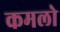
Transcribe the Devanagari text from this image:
कमलो